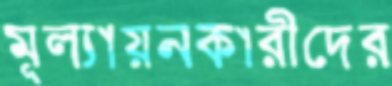
মূল্যায়নকারীদের